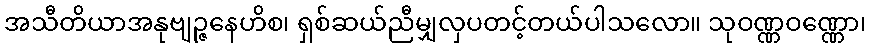
အသီတိယာအနုဗျဉ္ဇနေဟိစ၊ ရှစ်ဆယ်ညီမျှလှပတင့်တယ်ပါသလော။ သုဝဏ္ဏဝဏ္ဏော၊